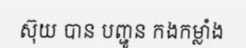
ស៊ុយ បាន បញ្ជូន កងកម្លាំង